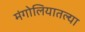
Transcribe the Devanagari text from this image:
मंगोलियातल्या